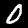
Label: 0